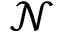
\mathcal { N }